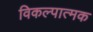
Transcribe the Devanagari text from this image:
विकल्पात्मक